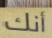
أنك